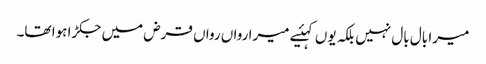
میرا بال بال نہیں بلکہ یوں کہئیے میرا رواں رواں قرض میں جکڑا ہوا تھا۔